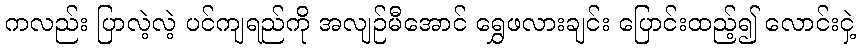
ကလည်း ပြာလဲ့လဲ့ ပင်ကျရည်ကို အလျဉ်မီအောင် ရွှေဖလားချင်း ပြောင်းထည့်၍ လောင်းငှဲ့